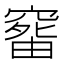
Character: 𥧠